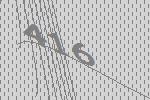
416